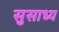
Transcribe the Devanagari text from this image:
सुसाध्‍य